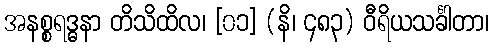
အနစ္စရဒ္ဓနာ တိသိထိလ၊ [၀၁] (နိ၊ ၄၈၃) ဝီရိယသင်္ခါတာ၊